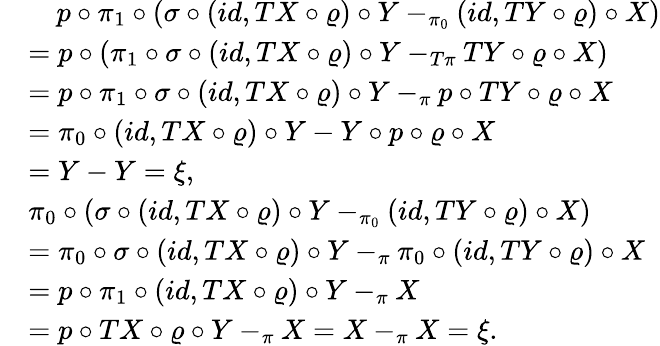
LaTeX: \begin{array}{rl}&{\quad p\circ\pi_{1}\circ(\sigma\circ(id,TX\circ\varrho)\circ Y-_{\pi_{0}}(id,TY\circ\varrho)\circ X)}\\ &{=p\circ(\pi_{1}\circ\sigma\circ(id,TX\circ\varrho)\circ Y-_{T\pi}TY\circ\varrho\circ X)}\\ &{=p\circ\pi_{1}\circ\sigma\circ(id,TX\circ\varrho)\circ Y-_{\pi}p\circ TY\circ\varrho\circ X}\\ &{=\pi_{0}\circ(id,TX\circ\varrho)\circ Y-Y\circ p\circ\varrho\circ X}\\ &{=Y-Y=\xi,}\\ &{\pi_{0}\circ(\sigma\circ(id,TX\circ\varrho)\circ Y-_{\pi_{0}}(id,TY\circ\varrho)\circ X)}\\ &{=\pi_{0}\circ\sigma\circ(id,TX\circ\varrho)\circ Y-_{\pi}\pi_{0}\circ(id,TY\circ\varrho)\circ X}\\ &{=p\circ\pi_{1}\circ(id,TX\circ\varrho)\circ Y-_{\pi}X}\\ &{=p\circ TX\circ\varrho\circ Y-_{\pi}X=X-_{\pi}X=\xi.}\end{array}